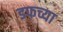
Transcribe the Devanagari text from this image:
डफच्या